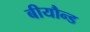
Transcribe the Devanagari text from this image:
बीयौन्ड